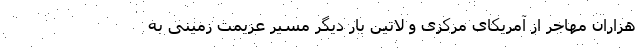
هزاران مهاجر از آمریکای مرکزی و لاتین بار دیگر مسیر عزیمت زمینی به